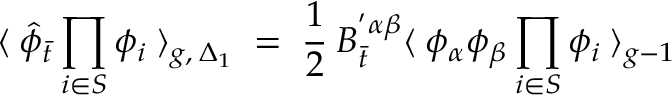
\langle \: { \hat { \phi } } _ { \bar { t } } \prod _ { i \in S } \phi _ { i } \: \rangle _ { g , \: { \Delta _ { 1 } } } \; = \; \frac { 1 } { 2 } \: B _ { \bar { t } } ^ { ' \alpha \beta } \langle \: \phi _ { \alpha } \phi _ { \beta } \prod _ { i \in S } \phi _ { i } \: \rangle _ { g - 1 } \,